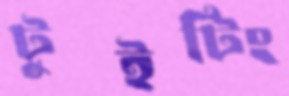
টুইটিং